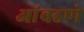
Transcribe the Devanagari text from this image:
आंबडणे